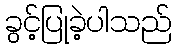
ခွင့်ပြုခဲ့ပါသည်